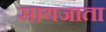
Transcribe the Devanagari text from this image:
सायजाता